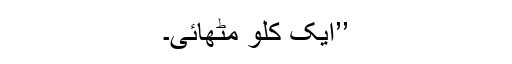
’’ایک کلو مٹھائی۔